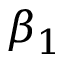
\beta _ { 1 }